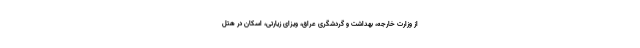
از وزارت خارجه، بهداشت و گردشگری عراق، ویزای زیارتی، اسکان در هتل